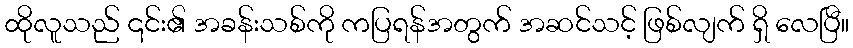
ထိုလူသည် ၎င်း၏ အခန်းသစ်ကို ကပြရန်အတွက် အဆင်သင့် ဖြစ်လျက် ရှိ လေပြီ။